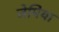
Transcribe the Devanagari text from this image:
जेमिया